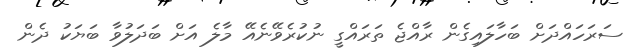
ސަރަހައްދަށް ބަހާލައިގެން ރާއްޖެ ތަރައްގީ ނުކުރެވޭނެއޭ މާލެ އަށް ބަދަލުވާ ބަޔަކު ދެން